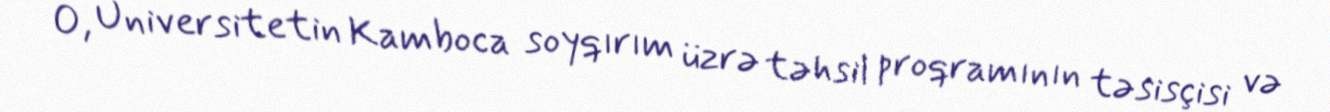
O, Universitetin Kamboca soyqırım üzrə təhsil proqramının təsisçisi və